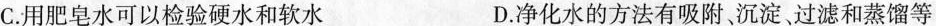
C.用肥皂水可以检验硬水和软水 D.净化水的方法有吸附，沉淀过滤和蒸馏等